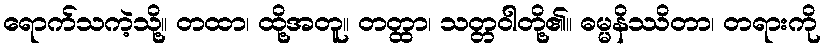
ရောက်သကဲ့သို့။ တထာ၊ ထို့အတူ။ တတ္ထာ၊ သတ္တဝါတို့၏။ ဓမ္မနိဿိတာ၊ တရားကို